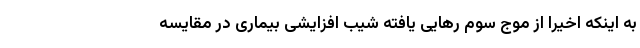
به اینکه اخیرا از موج سوم رهایی یافته شیب افزایشی بیماری در مقایسه